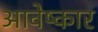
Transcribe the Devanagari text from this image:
आवेष्कार